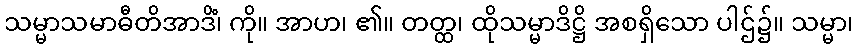
သမ္မာသမာဓီတိအာဒိံ၊ ကို။ အာဟ၊ ၏။ တတ္ထ၊ ထိုသမ္မာဒိဋ္ဌိ အစရှိသော ပါဌ်၌။ သမ္မာ၊